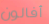
أفالون